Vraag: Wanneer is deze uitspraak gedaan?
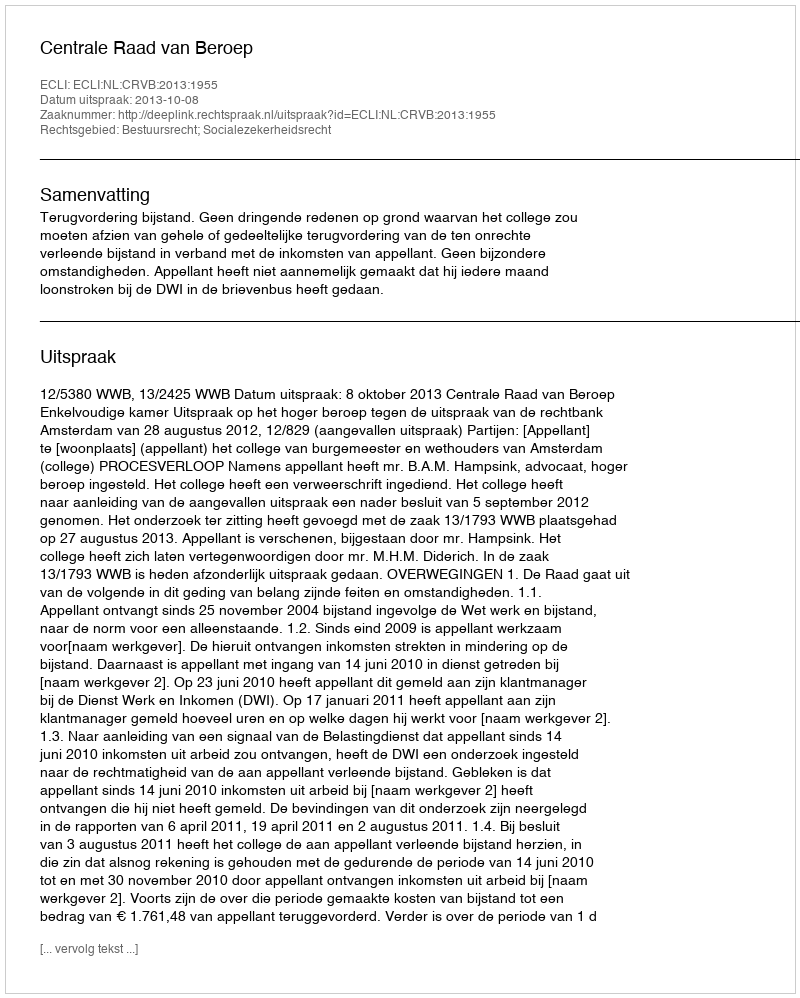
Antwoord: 2013-10-08